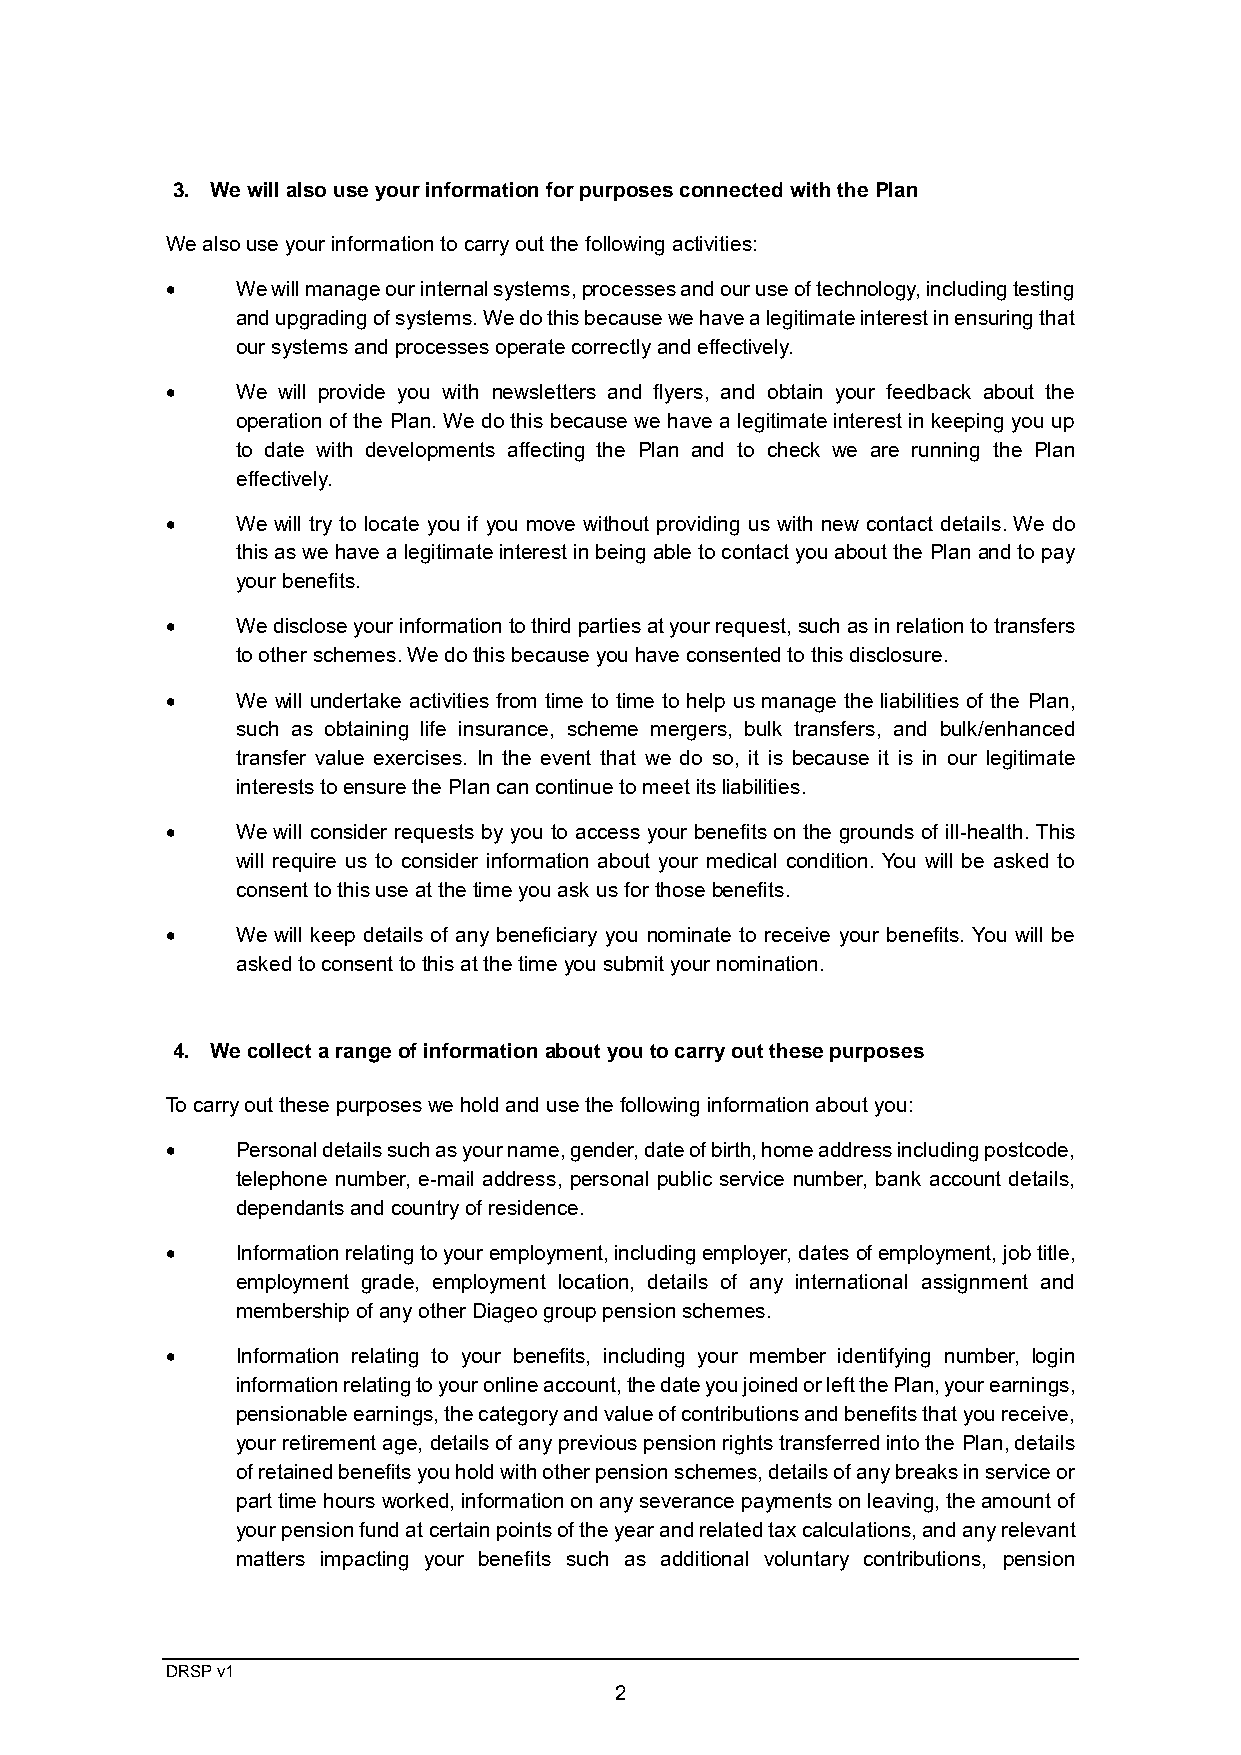
3. We will also use your information for purposes connected with the Plan
 We also use your information to carry out the following activities:
 •    We will manage our internal systems, processes and our use of technology, including testing
 and upgrading of systems. We do this because we have a legitimate interest in ensuring that
 our systems and processes operate correctly and effectively.
 •    We will provide you with newsletters and flyers, and obtain your feedback about the
 operation of the Plan. We do this because we have a legitimate interest in keeping you up
 to date with developments affecting the Plan and to check we are running the Plan
 effectively.
 •    We will try to locate you if you move without providing us with new contact details. We do
 this as we have a legitimate interest in being able to contact you about the Plan and to pay
 your benefits.
 •    We disclose your information to third parties at your request, such as in relation to transfers
 to other schemes. We do this because you have consented to this disclosure.
 •    We will undertake activities from time to time to help us manage the liabilities of the Plan,
 such as obtaining life insurance, scheme mergers, bulk transfers, and bulk/enhanced
 transfer value exercises. In the event that we do so, it is because it is in our legitimate
 interests to ensure the Plan can continue to meet its liabilities.
 •    We will consider requests by you to access your benefits on the grounds of ill-health. This
 will require us to consider information about your medical condition. You will be asked to
 consent to this use at the time you ask us for those benefits.
 •    We will keep details of any beneficiary you nominate to receive your benefits. You will be
 asked to consent to this at the time you submit your nomination.
 4. We collect a range of information about you to carry out these purposes
 To carry out these purposes we hold and use the following information about you:
 •    Personal details such as your name, gender, date of birth, home address including postcode,
 telephone number, e-mail address, personal public service number, bank account details,
 dependants and country of residence.
 •    Information relating to your employment, including employer, dates of employment, job title,
 employment grade, employment location, details of any international assignment and
 membership of any other Diageo group pension schemes.
 •    Information relating to your benefits, including your member identifying number, login
 information relating to your online account, the date you joined or left the Plan, your earnings,
 pensionable earnings, the category and value of contributions and benefits that you receive,
 your retirement age, details of any previous pension rights transferred into the Plan, details
 of retained benefits you hold with other pension schemes, details of any breaks in service or
 part time hours worked, information on any severance payments on leaving, the amount of
 your pension fund at certain points of the year and related tax calculations, and any relevant
 matters impacting your benefits such as additional voluntary contributions, pension
 DRSP v1
 2